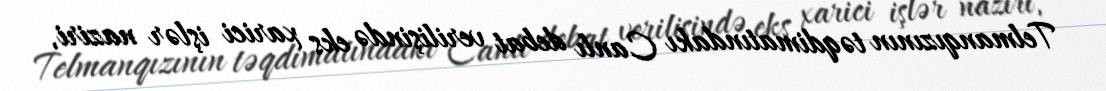
Telmanqızının təqdimatındakı Canlı debat verilişində eks xarici işlər naziri,